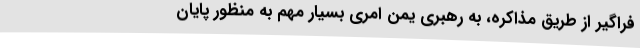
فراگیر از طریق مذاکره، به رهبری یمن امری بسیار مهم به منظور پایان